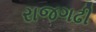
રાજગઢી